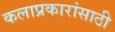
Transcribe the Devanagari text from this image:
कलाप्रकारांसाठी